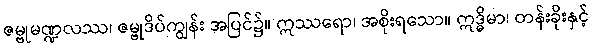
ဇမ္ဗုမဏ္ဍလဿ၊ ဇမ္ဗုဒိပ်ကျွန်း အပြင်၌။ ဣဿရော၊ အစိုးရသော။ ဣဒ္ဓိမာ၊ တန်းခိုးနှင့်